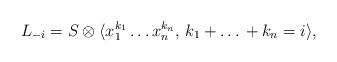
LaTeX: \begin{align*} L_{-i} = S \otimes \langle x_1^{k_1} \dots x_n^{k_n}, \, k_1 + \dots \, + k_n = i \rangle, \end{align*}